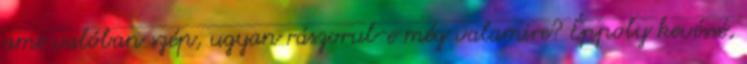
ami valóban szép, ugyan rászorul-e még valamire? Éppoly kevéssé,